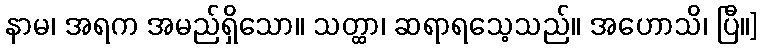
နာမ၊ အရက အမည်ရှိသော။ သတ္ထာ၊ ဆရာရသေ့သည်။ အဟောသိ၊ ပြီ။]